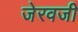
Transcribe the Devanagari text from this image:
जेरवजी